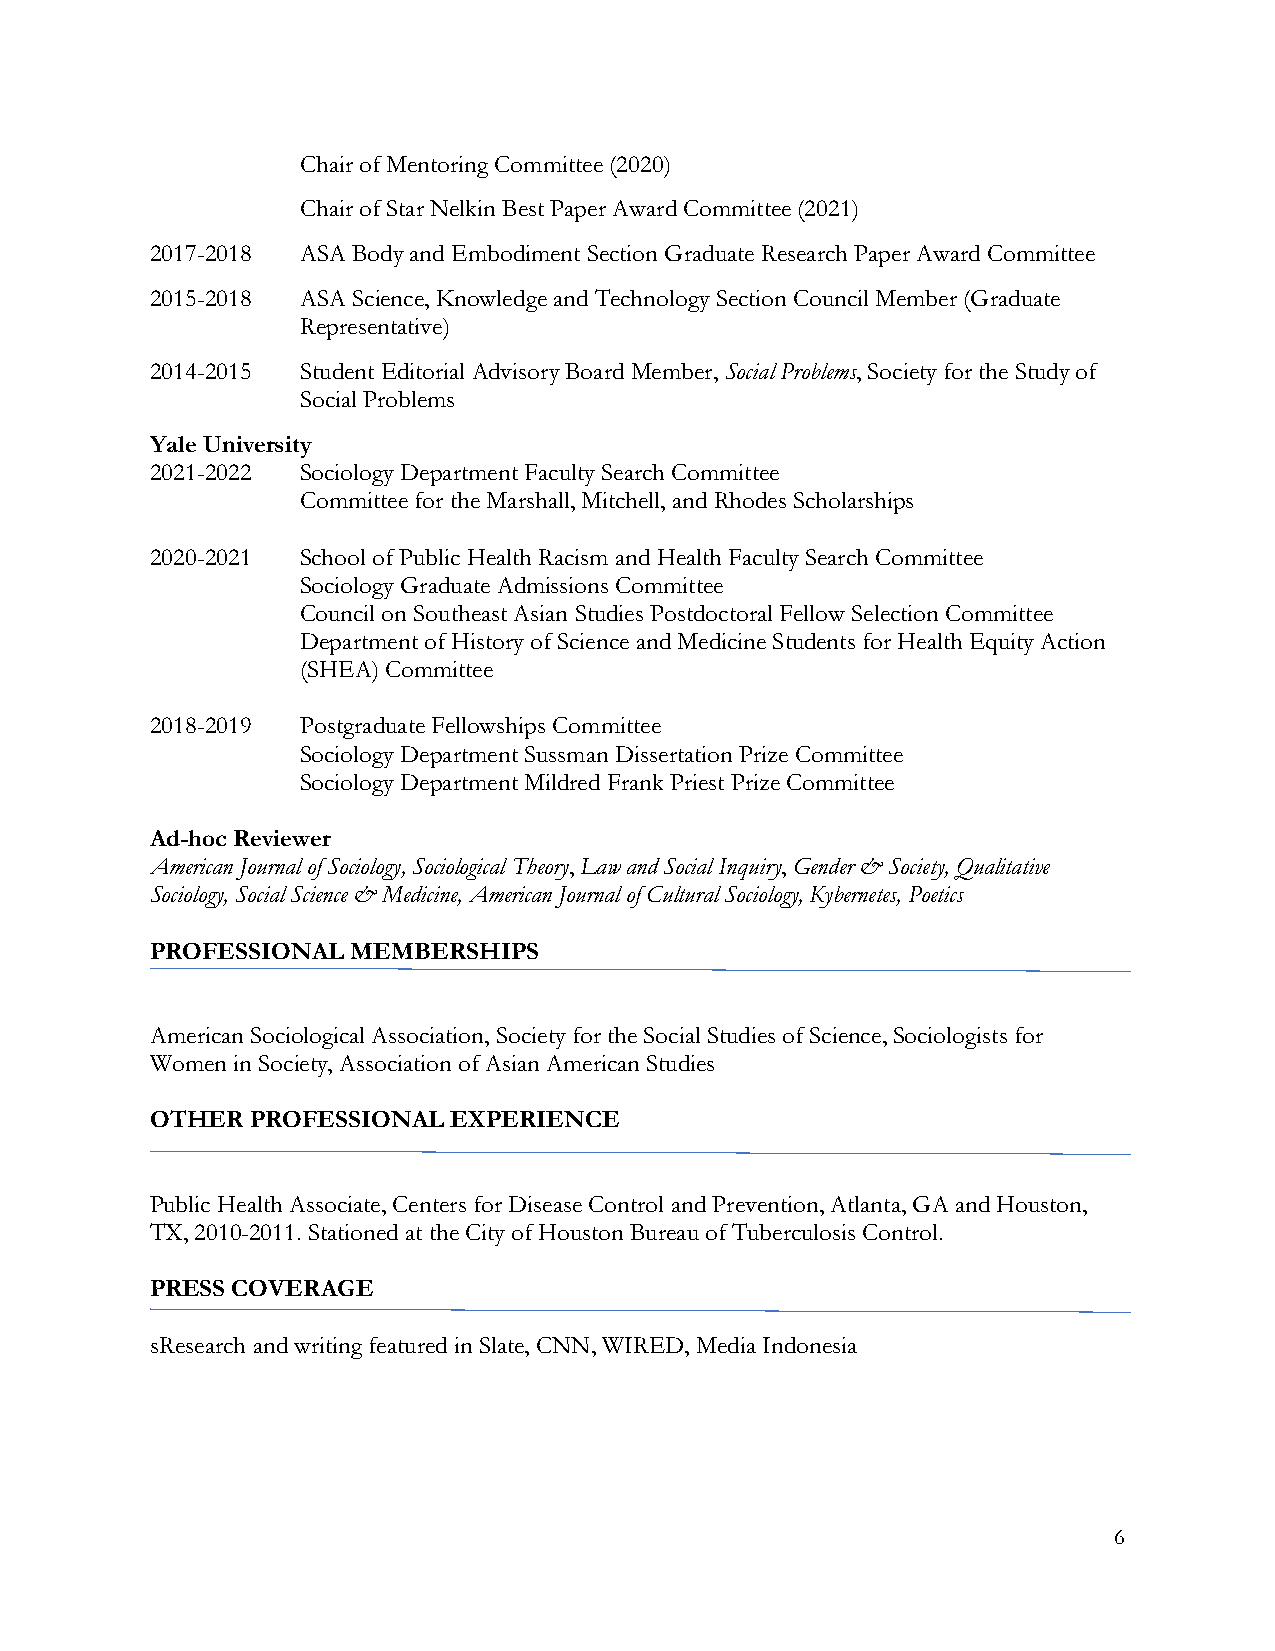
Chair of Mentoring Committee (2020)
 Chair of Star Nelkin Best Paper Award Committee (2021)
 2017-2018 ASA Body and Embodiment Section Graduate Research Paper Award Committee
 2015-2018 ASA Science, Knowledge and Technology Section Council Member (Graduate
 Representative)
 2014-2015 Student Editorial Advisory Board Member, Social Problems, Society for the Study of
 Social Problems
 Yale University
 2021-2022 Sociology Department Faculty Search Committee
 Committee for the Marshall, Mitchell, and Rhodes Scholarships
 2020-2021 School of Public Health Racism and Health Faculty Search Committee
 Sociology Graduate Admissions Committee
 Council on Southeast Asian Studies Postdoctoral Fellow Selection Committee
 Department of History of Science and Medicine Students for Health Equity Action
 (SHEA) Committee
 2018-2019 Postgraduate Fellowships Committee
 Sociology Department Sussman Dissertation Prize Committee
 Sociology Department Mildred Frank Priest Prize Committee
 Ad-hoc Reviewer
 American Journal of Sociology, Sociological Theory, Law and Social Inquiry, Gender & Society, Qualitative
 Sociology, Social Science & Medicine, American Journal of Cultural Sociology, Kybernetes, Poetics
 PROFESSIONAL MEMBERSHIPS
 American Sociological Association, Society for the Social Studies of Science, Sociologists for
 Women in Society, Association of Asian American Studies
 OTHER  PROFESSIONAL EXPERIENCE
 Public Health Associate, Centers for Disease Control and Prevention, Atlanta, GA and Houston,
 TX, 2010-2011. Stationed at the City of Houston Bureau of Tuberculosis Control.
 PRESS COVERAGE
 sResearch and writing featured in Slate, CNN, WIRED, Media Indonesia
 6